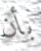
بأن